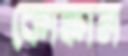
কোঙ্কান